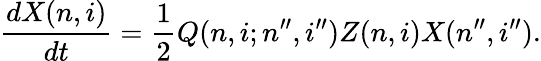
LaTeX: \frac{dX(n,i)}{dt}=\frac{1}{2}Q(n,i;n^{\prime\prime},i^{\prime\prime})Z(n,i)X(n^{\prime\prime},i^{\prime\prime}).